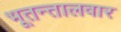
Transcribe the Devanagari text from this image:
भूतन्तालवार